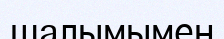
шалымымен